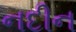
નદીન